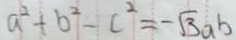
a ^ { 2 } + b ^ { 2 } - c ^ { 2 } = - \sqrt { 3 } a b